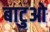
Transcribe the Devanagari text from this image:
बाटुओ